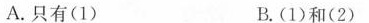
A.只有(1) B.(1)和(2)